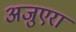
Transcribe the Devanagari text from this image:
अजुएरा